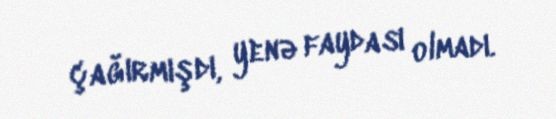
çağırmışdı, yenə faydası olmadı.